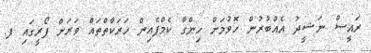
ރައީސް ނަޝީދު އެއްބުރުން ހޮވުމަށް ހިންގާ ކެމްޕެއިން ހަރަކާތްތައް ވަރަށް ފޯރީގައި ފ.